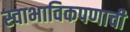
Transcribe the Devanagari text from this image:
स्वाभाविकपणाची